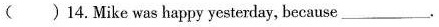
( )14.Mike was happy yesterday, because___.